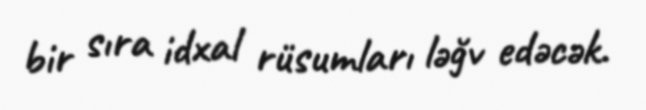
bir sıra idxal rüsumları ləğv edəcək.